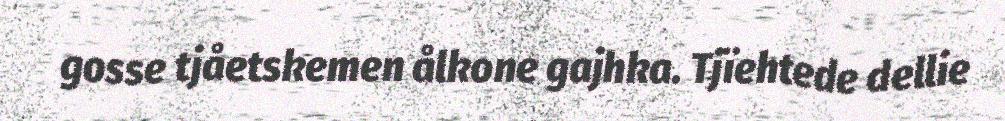
gosse tjåetskemen ålkone gajhka. Tjïehtede dellie